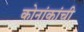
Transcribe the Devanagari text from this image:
कोनांकांची